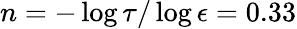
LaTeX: n=-\log\tau/\log\epsilon=0.33